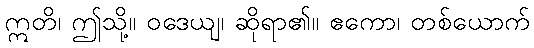
ဣတိ၊ ဤသို့။ ဝဒေယျ၊ ဆိုရာ၏။ ဧကော၊ တစ်ယောက်